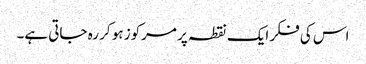
اس کی فکر ایک نقطہ پر مرکوز ہو کر رہ جاتی ہے۔